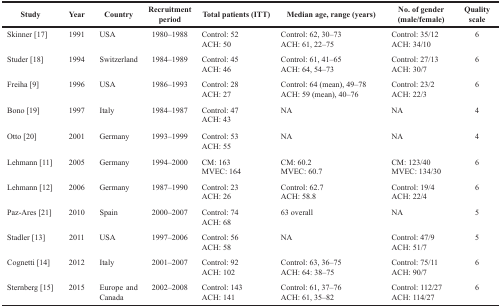
<table><thead><tr><td><b>Study</b></td><td><b>Year</b></td><td><b>Country</b></td><td><b>Recruitment period</b></td><td><b>Total patients (ITT)</b></td><td><b>Median age, range (years)</b></td><td><b>No. of gender (male/female)</b></td><td><b>Quality scale</b></td></tr></thead><tbody><tr><td>Skinner [17]</td><td>1991</td><td>USA</td><td>1980–1988</td><td>Control: 52ACH: 50</td><td>Control: 62, 30–73ACH: 61, 22–75</td><td>Control: 35/12ACH: 34/10</td><td>6</td></tr><tr><td>Studer [18]</td><td>1994</td><td>Switzerland</td><td>1984–1989</td><td>Control: 45ACH: 46</td><td>Control: 61, 41–65ACH: 64, 54–73</td><td>Control: 27/13ACH: 30/7</td><td>6</td></tr><tr><td>Freiha [9]</td><td>1996</td><td>USA</td><td>1986–1993</td><td>Control: 28ACH: 27</td><td>Control: 64 (mean), 49–78ACH: 59 (mean), 40–76</td><td>Control: 23/2ACH: 22/3</td><td>6</td></tr><tr><td>Bono [19]</td><td>1997</td><td>Italy</td><td>1984–1987</td><td>Control: 47ACH: 43</td><td>NA</td><td>NA</td><td>4</td></tr><tr><td>Otto [20]</td><td>2001</td><td>Germany</td><td>1993–1999</td><td>Control: 53ACH: 55</td><td>NA</td><td>NA</td><td>4</td></tr><tr><td>Lehmann [11]</td><td>2005</td><td>Germany</td><td>1994–2000</td><td>CM: 163MVEC: 164</td><td>CM: 60.2MVEC: 60.7</td><td>CM: 123/40MVEC: 134/30</td><td>6</td></tr><tr><td>Lehmann [12]</td><td>2006</td><td>Germany</td><td>1987–1990</td><td>Control: 23ACH: 26</td><td>Control: 62.7ACH: 58.8</td><td>Control: 19/4ACH: 22/4</td><td>6</td></tr><tr><td>Paz-Ares [21]</td><td>2010</td><td>Spain</td><td>2000–2007</td><td>Control: 74ACH: 68</td><td>63 overall</td><td>NA</td><td>5</td></tr><tr><td>Stadler [13]</td><td>2011</td><td>USA</td><td>1997–2006</td><td>Control: 56ACH: 58</td><td>NA</td><td>Control: 47/9ACH: 51/7</td><td>5</td></tr><tr><td>Cognetti [14]</td><td>2012</td><td>Italy</td><td>2001–2007</td><td>Control: 92ACH: 102</td><td>Control: 63, 36–75ACH: 64: 38–75</td><td>Control: 75/11ACH: 90/7</td><td>6</td></tr><tr><td>Sternberg [15]</td><td>2015</td><td>Europe and Canada</td><td>2002–2008</td><td>Control: 143ACH: 141</td><td>Control: 61, 37–76ACH: 61, 35–82</td><td>Control: 112/27ACH: 114/27</td><td>6</td></tr></tbody></table>